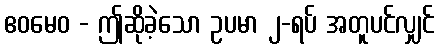
ဧဝမေဝ - ဤဆိုခဲ့သော ဥပမာ ၂-ရပ် အတူပင်လျှင်